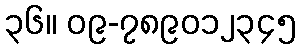
၃၆။ ၀၉-၇၈၉၀၁၂၃၄၅